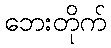
ဘေးတိုက်